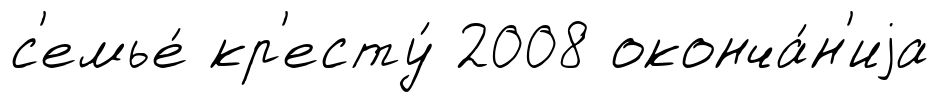
с'емье́ кр'есту́ 2008 оконча́н'иjа